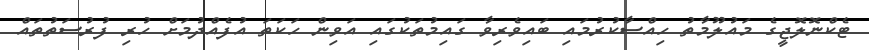
ޓެކްނޮލޮޖީގެ މައުލޫމާތު ހިއްސާކުރުމައި ބައިވެރިވާ ގައިމުތަކުގައި އަވިން ހަކަތަ އުފެއްދުމަށް ހުރި ފުރުސަތުތައް